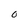
Character: O